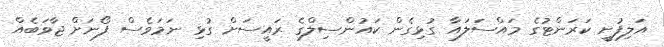
އަލިފުށީ ކަރަންޓުގެ މައްސަލައާ ގުޅިގެން ކައުންސިލްގެ ރައީސަށް ގުޅި ނަމަވެސް ފޯނަށް ޖާވަބެއް